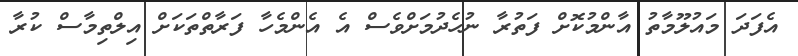
އެފަދަ މައުލޫމާތު އާންމުކޮށް ފަތުރާ ނުހެދުމަށްވެސް އެ އެންމެހާ ފަރާތްތަކަށް އިލްތިމާސް ކުރާ